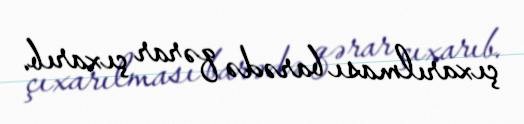
çıxarılması barədə qərar çıxarıb.